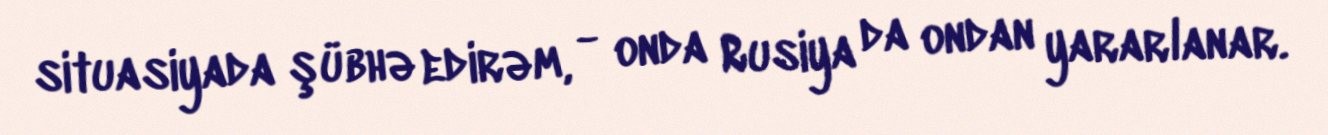
situasiyada şübhə edirəm, - onda Rusiya da ondan yararlanar.